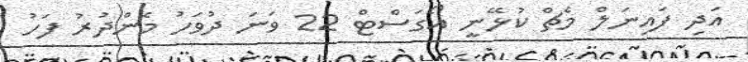
އަދި ފައިނަލް މެޗް ކުޅޭނީ އޯގަސްޓް 22 ވަނަ ދުވަހު މެންދުރު ފަހު